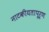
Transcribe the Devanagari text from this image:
नाटकीयतापूर्ण